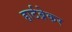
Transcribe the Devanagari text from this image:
हार्टब्रेकर